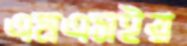
এমএসইর